Civil Veterinary Department Bihar & Orissa reports 1922-29 - 1922-1929
Year: 1922
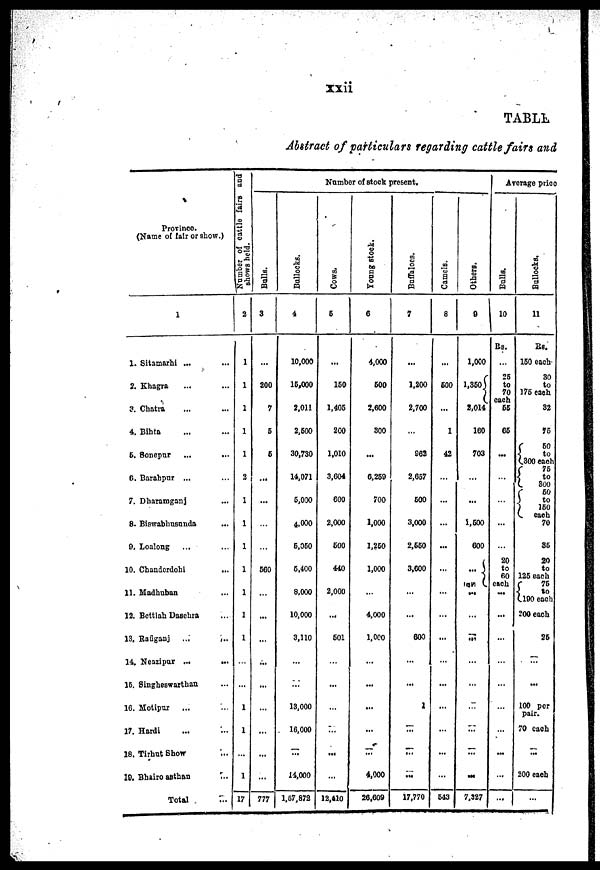
xxii
TABLE
Abstract of particulars regarding cattle fairs and
Province
(Name of fair or show.)
1
1. Sitamarhi ...
2. Khagra
3. Chatra
4. Bihta
6. Bonepur
6. Barahpur ...
7. Dharamganj
8. Biswabhusanda
9. Loalong
10. Chanderdohi
11. Madhuban
12. Bettiah Dasehra
13. Rafiganj ...
,..
14. Neazipur ...
...
16. Singheswarthan
16. Motipur
17. Hardi
18. Tirhut Show
19. Bhairo asthan
Total
Number of cattle fairs and
shows held.
2
...
1
1
1
17
Number of stock present.
Bolls.
3
200
7
5
6
...
...
500
...
...
...
...
...
777
Bollocks.
4
10,000
15,000
2.011
2,600
30,730
14.071
5,000
4,000
5,050
5,400
8,000
10,000
3,110
...
13,000
18,000
...
14,000
1,67,872
Cows.
6
...
160
1,406
200
1.010
3,604
600
2,000
600
440
2,000
...
501
...
...
...
12.410
Young stock.
6
4,000
500
2,600
800
...
6,259
700
1,000
1,260
1,000
4,000
1,000
-
...
...
...
4,000
26,609
Buffaloes.
7
...
1.200
2,700
962
2,667
600
3,000
2,550
3,600
...
...
600
...
2
...
...
...
17,770
Camels.
8
...
600
1
42
...
...
...
...
...
643
Others.
9
1,000
l,350
2,014
160
703
...
1,600
600
...
...
...
...
...
...
7,327
Average price
Bolls.
10
Rs.
25
to
70
each
55
65
...
...
20
to
60
each
...
Bollocks.
11
Rs.
150 each
80
to
176 each
82
76
50
to
300 each
75 to
800
60
to
150
each
70
86
20
to
126 each
75
190 each
200 each
...
...
...
...
26
...
...
100 per
pair.
70 each
...
200 each
...